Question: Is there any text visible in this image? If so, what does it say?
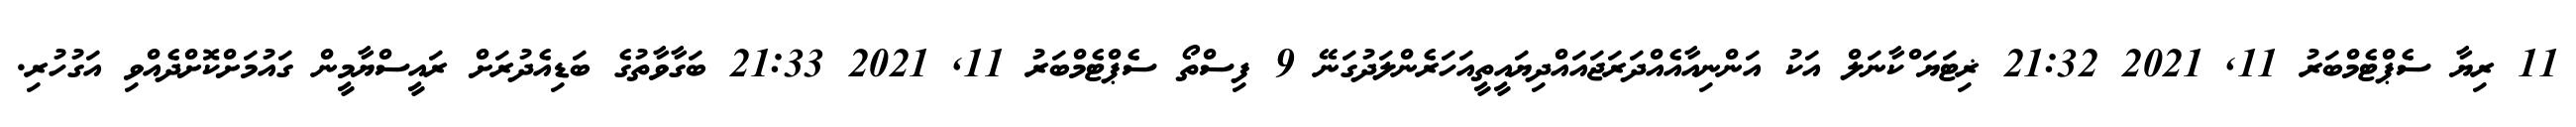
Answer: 11 ރިޔާ ސެޕްޓެމްބަރު 11, 2021 21:32 ޜިޓަޔަޱްކާނަލް އަކު އަންނިއާއެއްދަރަޖައައްދިޔައީތީއަހަރެންލަދުގަނޭ 9 ފިސްތޯ ސެޕްޓެމްބަރު 11, 2021 21:33 ބަގާވާތުގެ ބަޑިއެދުރަށް ރައީސްޔާމީން ގައުމަށްކޮށްދެއްވި އަގުހުރި.